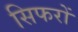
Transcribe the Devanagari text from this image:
सिफरों